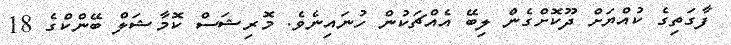
ފާގަތިގެ ކުއްޔަށް ދޫކޮށްގެން ލިބޭ އެއްޗަކުން ހުނައިނެވެ. މޮރިޝަސް ކޮމާޝަލް ބޭންކްގެ 18